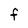
Character: f